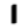
Digit: 1